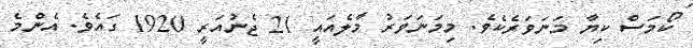
ކޯމަސް ކިޔާ މަނަވަރެކެވެ. މިމަނަވަރު މާލެއައީ 21 ޖެނުއަރީ 1920 ގައެވެ. އެންމެ